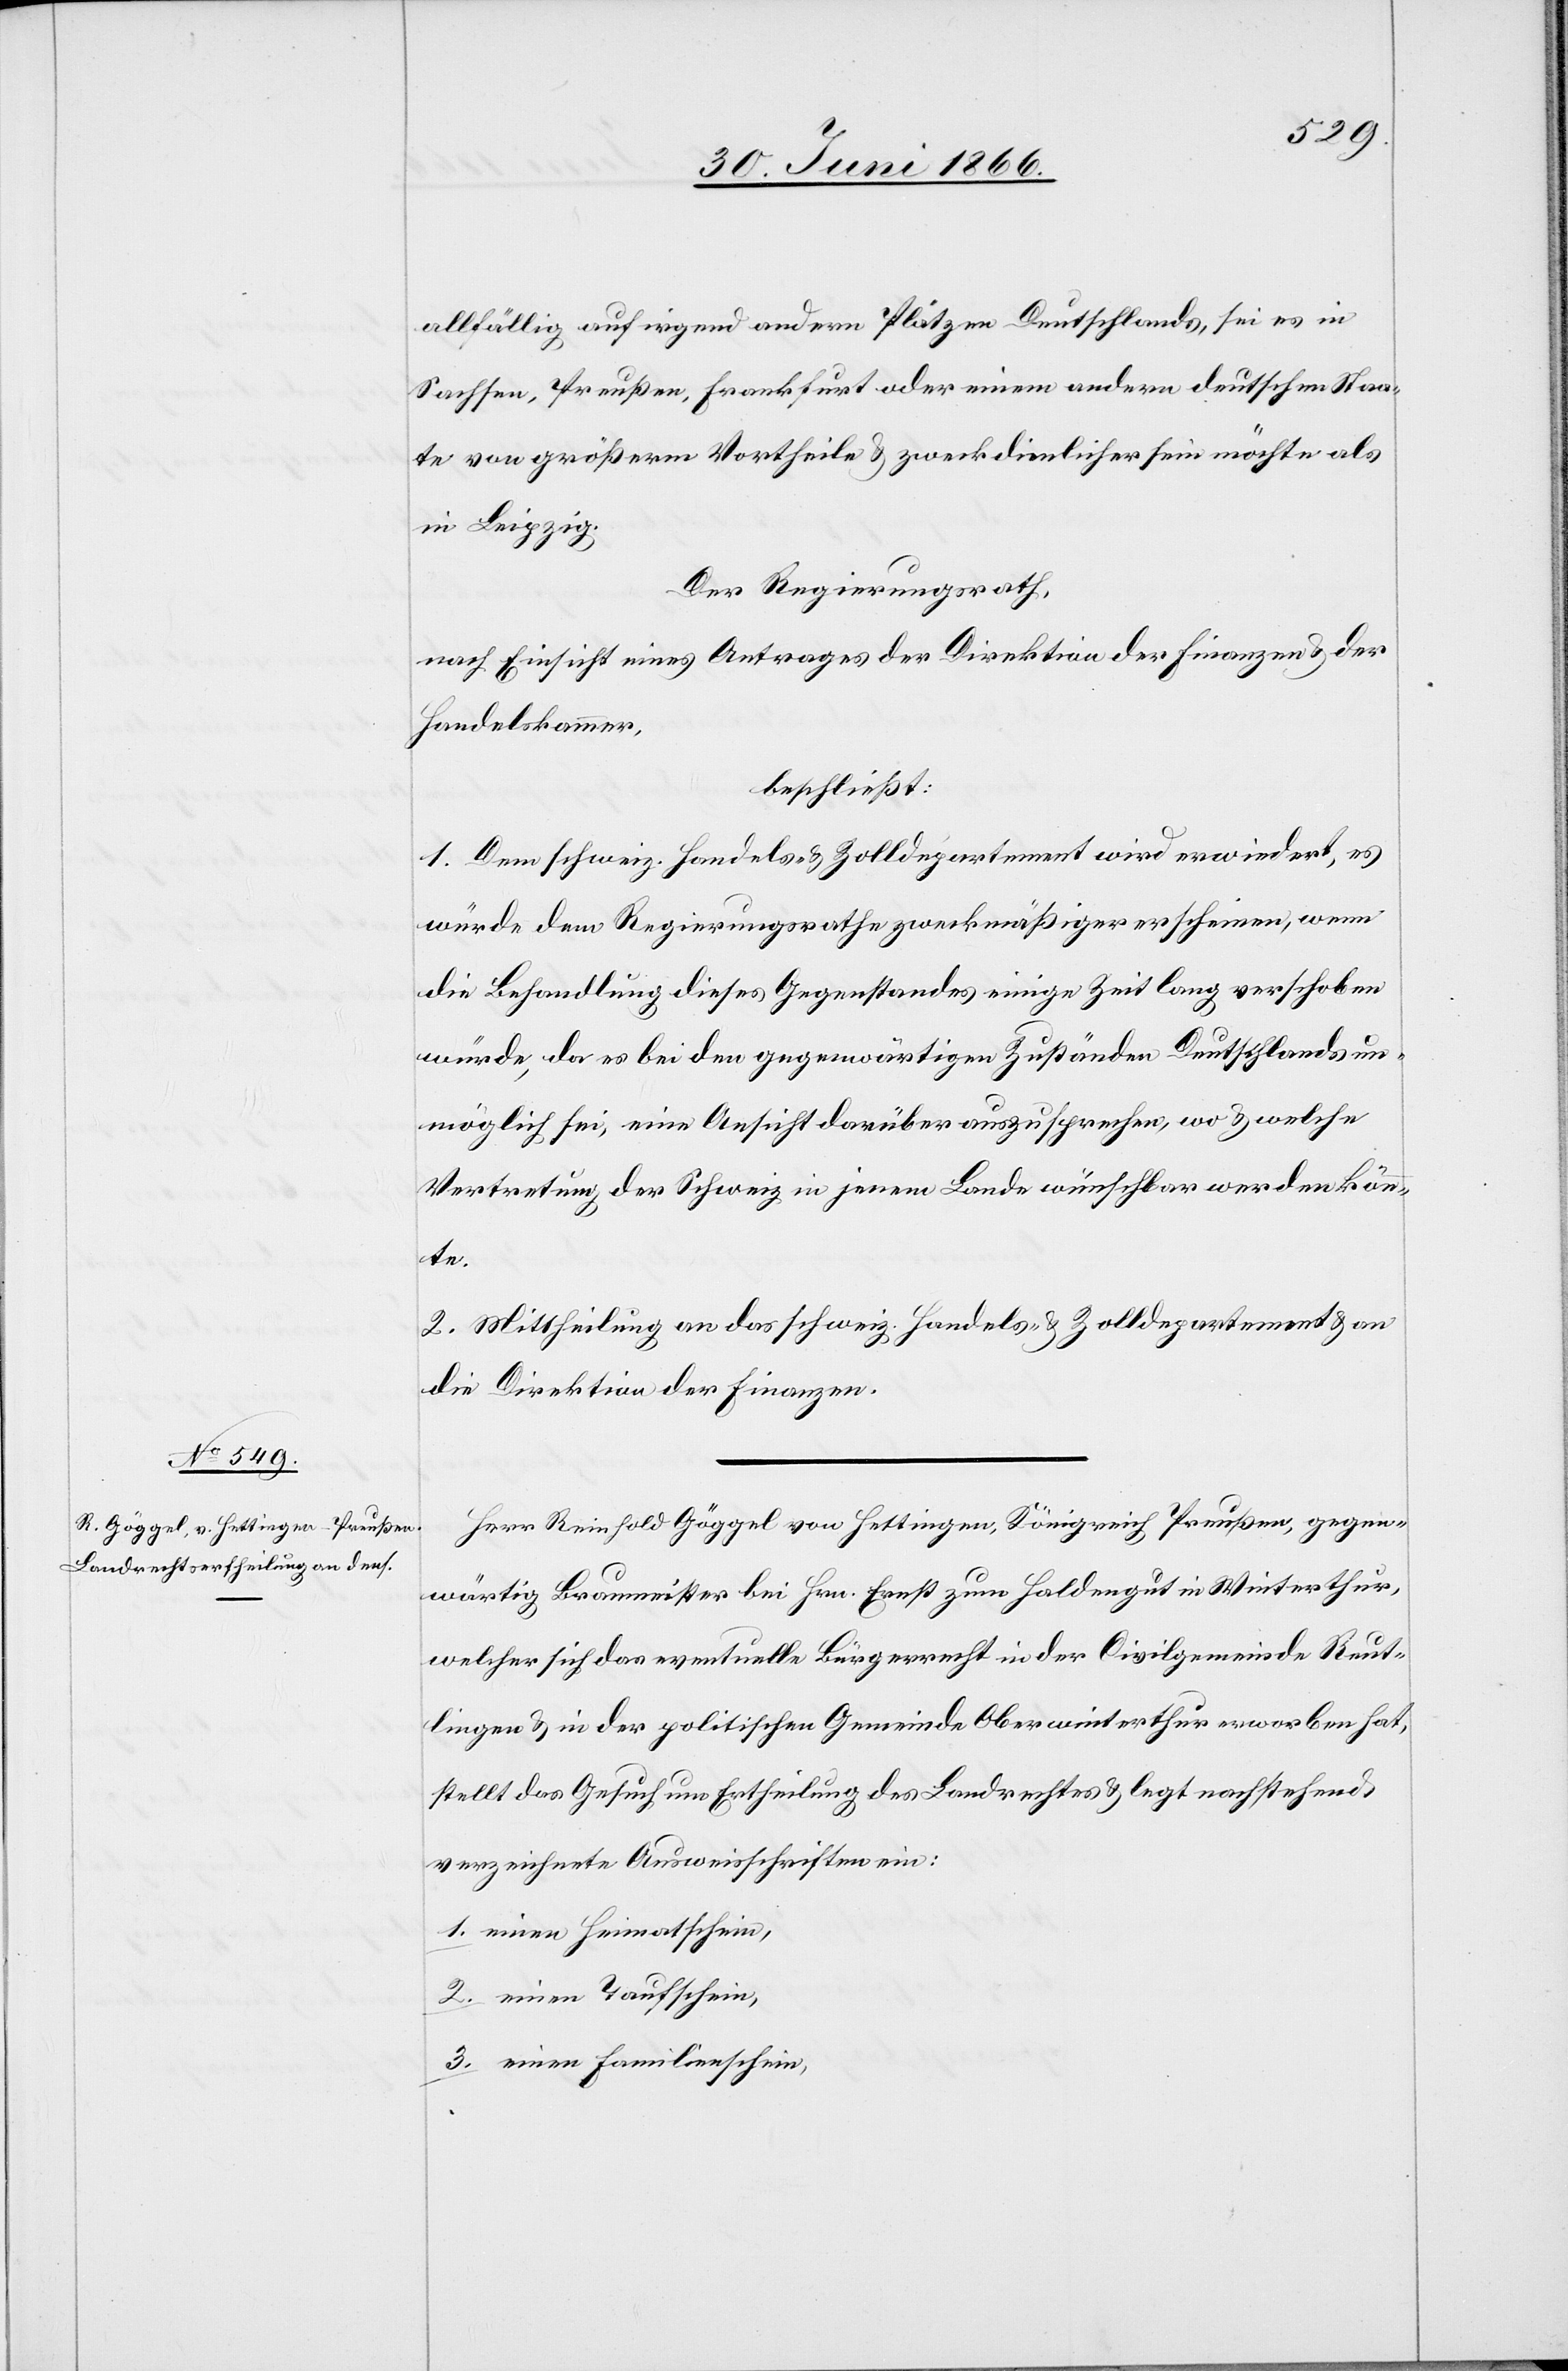
allfällig auf irgend andern Plätzen Deutschlands, sei es in
Sachsen, Preußen, Frankfurt oder einem andern deutschen Staa¬
te von größerem Vortheile u. zweckdienlicher sein möchte als
in Leipzig.
Der Regierungsrath,
nach Einsicht eines Antrages der Direktion der Finanzen u. der
Handelskammer,
beschließt:
1. Dem schweiz. Handels- u. Zolldepartement wird erwiedert, es
würde dem Regierungsrathe zweckmäßiger erscheinen, wenn
die Behandlung dieses Gegenstandes einige Zeit lang verschoben
würde, da es bei den gegenwärtigen Zuständen Deutschlands un¬
möglich sei, eine Ansicht darüber auszusprechen, wo u. welche
Vertretung der Schweiz in jenem Lande wünschbar werden könn¬
te.
2. Mittheilung an das schweiz. Handels- u. Zolldepartement u. an
die Direktion der Finanzen.
Herr Reinhold Göggel von Hettingen, Königreich Preußen, gegen¬
wärtig Braumeister bei Hrn. Ernst zum Haldengut in Winterthur,
welcher sich das eventuelle Bürgerrecht in der Civilgemeinde Reut¬
lingen u. in der politischen Gemeinde Oberwinterthur erworben hat,
stellt das Gesuch um Ertheilung des Landrechtes u. legt nachstehend
verzeichnete Ausweisschriften ein:
1. einen Heimatschein,
2. einen Taufschein,
3. einen Familienschein,